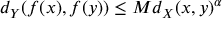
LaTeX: d _ { Y } ( f ( x ) , f ( y ) ) \leq M d _ { X } ( x , y ) ^ { \alpha }